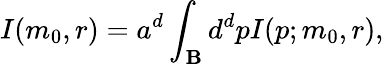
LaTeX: I(m_{0},r)=a^{d}\int_{\cal\mathbf{B}}d^{d}pI(p;m_{0},r),